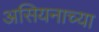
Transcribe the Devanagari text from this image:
असियनाच्या